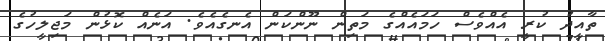
ތާއީދު ކުރީ އެއްވެސް ހަމައެއްގެ މަތިން ނޫންކަން އެނގެއެވެ. އަނެއް ކޮޅުން މަޖިލީހުގެ